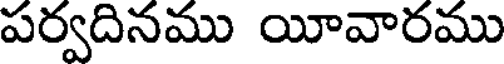
పర్వదినము యీవారము